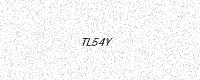
Text: TL54Y